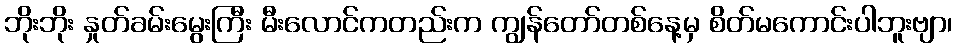
ဘိုးဘိုး နှုတ်ခမ်းမွေးကြီး မီးလောင်ကတည်းက ကျွန်တော်တစ်နေ့မှ စိတ်မကောင်းပါဘူးဗျာ၊